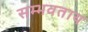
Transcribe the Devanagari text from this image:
सम्भवताय